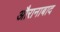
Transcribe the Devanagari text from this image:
औरानाबाद